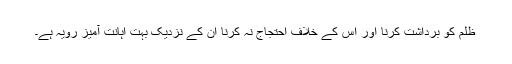
ظلم کو برداشت کرنا اور اس کے خلاف احتجاج نہ کرنا ان کے نزدیک بہت اہانت آمیز رویہ ہے۔